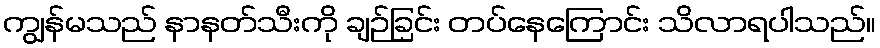
ကျွန်မသည် နာနတ်သီးကို ချဉ်ခြင်း တပ်နေကြောင်း သိလာရပါသည်။